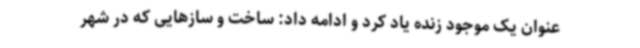
عنوان یک موجود زنده یاد کرد و ادامه داد: ساخت و سازهایی که در شهر